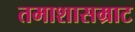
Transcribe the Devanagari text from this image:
तमाशासम्राट